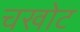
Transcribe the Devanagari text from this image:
चखोट